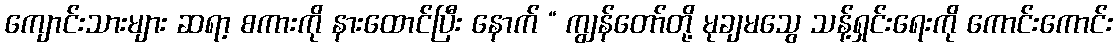
ကျောင်းသားများ ဆရာ့ စကားကို နားထောင်ပြီး နောက် “ ကျွန်တော်တို့ မုချမသွေ သန့်ရှင်းရေးကို ကောင်းကောင်း